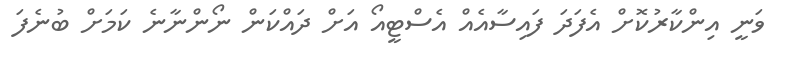
ވަނީ އިންކާރުކޮށް އެފަދަ ފައިސާއެއް އެސްޓީއޯ އަށް ދައްކަން ނޯންނާނެ ކަމަށް ބުނެފަ